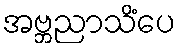
အဗ္ဘညာသိံပေ